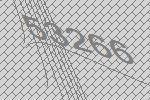
53266